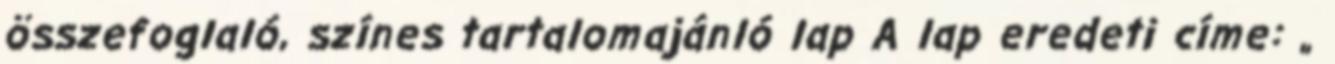
összefoglaló, színes tartalomajánló lap A lap eredeti címe: „